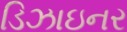
ડિઝાઇનર